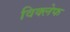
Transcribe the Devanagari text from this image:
विक्लेफ